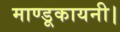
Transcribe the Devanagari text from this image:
माण्डूकायनी।